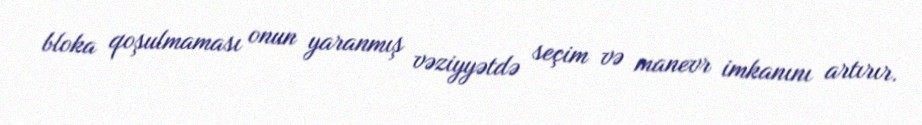
bloka qoşulmaması onun yaranmış vəziyyətdə seçim və manevr imkanını artırır.